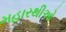
મહારથીઓ